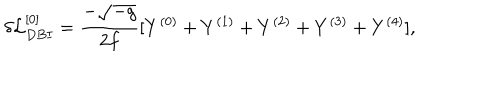
\delta { \cal L } _ { D B I } ^ { [ 0 ] } = \frac { - \sqrt { - g } } { 2 f } [ Y ^ { ( 0 ) } + Y ^ { ( 1 ) } + Y ^ { ( 2 ) } + Y ^ { ( 3 ) } + Y ^ { ( 4 ) } ] ,